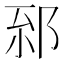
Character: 𨚸